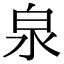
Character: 泉